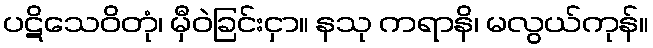
ပဋိသေဝိတုံ၊ မှီဝဲခြင်းငှာ။ နသု ကရာနိ၊ မလွယ်ကုန်။